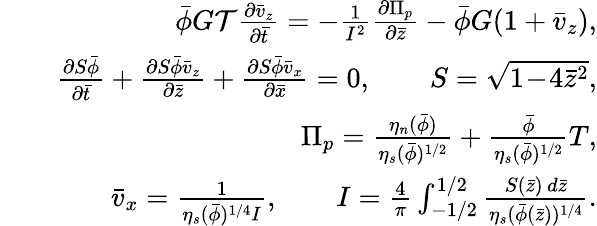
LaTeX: \begin{array}{rlr}&{}&{\bar{\phi}G{\cal T}\frac{\partial\bar{v}_{z}}{\partial\bar{t}}=-\frac{1}{I^{2}}\frac{\partial\Pi_{p}}{\partial\bar{z}}-\bar{\phi}G(1+\bar{v}_{z}),}\\ &{}&{\frac{\partial S\bar{\phi}}{\partial\bar{t}}+\frac{\partial S\bar{\phi}\bar{v}_{z}}{\partial\bar{z}}+\frac{\partial S\bar{\phi}\bar{v}_{x}}{\partial\bar{x}}=0,\qquad S=\sqrt{1\! -\! 4\bar{z}^{2}},}\\ &{}&{\Pi_{p}=\frac{\eta_{n}(\bar{\phi})}{\eta_{s}(\bar{\phi})^{1/2}}+\frac{\bar{\phi}}{\eta_{s}(\bar{\phi})^{1/2}}T,}\\ &{}&{\bar{v}_{x}=\frac{1}{\eta_{s}(\bar{\phi})^{1/4}I},\qquad I=\frac{4}{\pi}\int_{-1/2}^{1/2}\frac{S(\bar{z})\, d\bar{z}}{\eta_{s}(\bar{\phi}(\bar{z}))^{1/4}}.}\end{array}